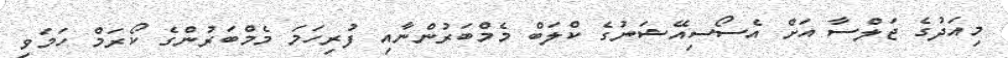
މިއަދުގެ ޖަލްސާ އަށް އެސޯސިއޭޝަނުގެ ކްލަބް މެމްބަރުންނާއި ފުރިހަމަ މެމްބަރުންގެ ކޯރަމް ހަމަވި